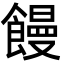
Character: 饅